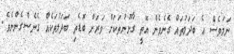
ނަމަވެސް އެ ބަދަލުތައް ގެނެވެން އޮތީ ގާނޫނުތަކަށް ވަރަށް ބޮޑެތި ބަދަލުތަކެއް ގެނެސްގެންނެވެ.